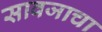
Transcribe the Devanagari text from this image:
सावजाचा